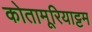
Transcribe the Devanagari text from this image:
कोतामूरियाट्टम